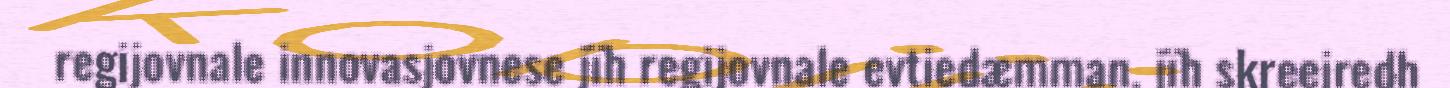
regijovnale innovasjovnese jïh regijovnale evtiedæmman, jïh skreejredh